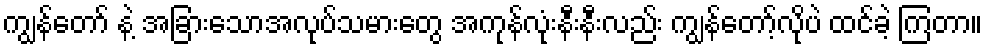
ကျွန်တော် နဲ့ အခြားသောအလုပ်သမားတွေ အကုန်လုံးနီးနီးလည်း ကျွန်တော့်လိုပဲ ထင်ခဲ့ ကြတာ။